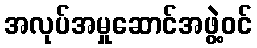
အလုပ်အမှုဆောင်အဖွဲ့ဝင်